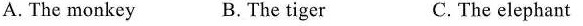
A. The monkey B. The tiger C. The elephant